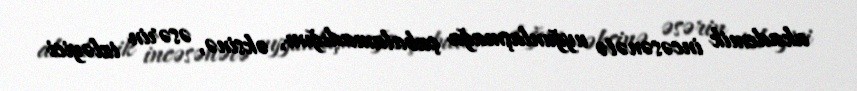
akademik incəsənətə uyğunlaşmağa çabalamadığını, əksinə, əsərin izləyici